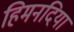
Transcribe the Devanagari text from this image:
हिमनदियां